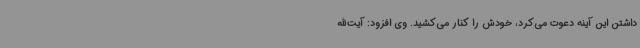
داشتن این آینه دعوت می‌کرد، خودش را کنار می‌کشید. وی افزود: آیت‌الله